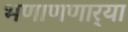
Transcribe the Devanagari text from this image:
भणाणणार्‍या